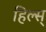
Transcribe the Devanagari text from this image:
हिल्स्